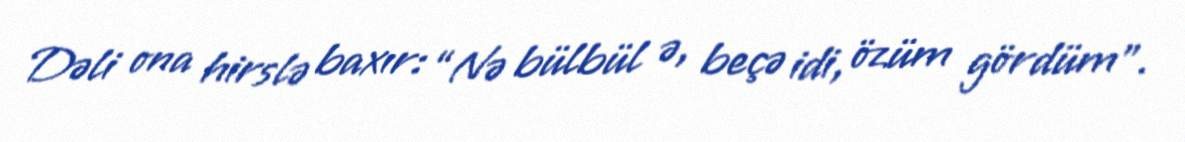
Dəli ona hirslə baxır: “Nə bülbül ə, beçə idi, özüm gördüm”.